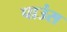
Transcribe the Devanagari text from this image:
पाउंस